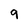
Character: 9